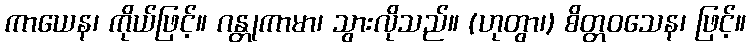
ကာယေန၊ ကိုယ်ဖြင့်။ ဂန္တုကာမာ၊ သွားလိုသည်။ (ဟုတွာ၊) စိတ္တဝသေန၊ ဖြင့်။